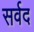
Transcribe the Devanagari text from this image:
सर्वद